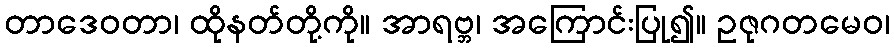
တာဒေဝတာ၊ ထိုနတ်တို့ကို။ အာရဗ္ဘ၊ အကြောင်းပြု၍။ ဥဇုဂတမေဝ၊